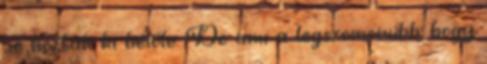
se hoztak ki belőle. De ami a legszomorúbb, hogy